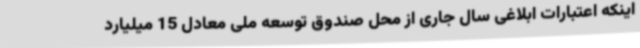
اینکه اعتبارات ابلاغی سال جاری از محل صندوق توسعه ملی معادل 15 میلیارد